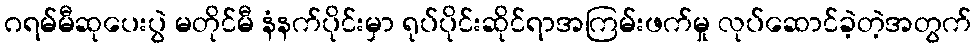
ဂရမ်မီဆုပေးပွဲ မတိုင်မီ နံနက်ပိုင်းမှာ ရုပ်ပိုင်းဆိုင်ရာအကြမ်းဖက်မှု လုပ်ဆောင်ခဲ့တဲ့အတွက်